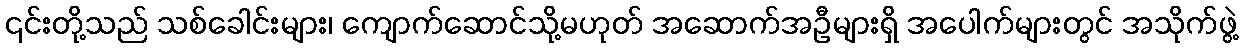
၎င်းတို့သည် သစ်ခေါင်းများ၊ ကျောက်ဆောင်သို့မဟုတ် အဆောက်အဦများရှိ အပေါက်များတွင် အသိုက်ဖွဲ့